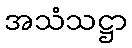
အသံသဋ္ဌာ